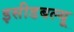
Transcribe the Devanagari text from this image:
इसीडबल्यू